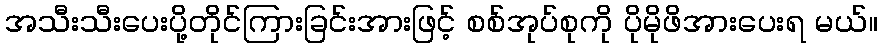
အသီးသီးပေးပို့တိုင်ကြားခြင်းအားဖြင့် စစ်အုပ်စုကို ပိုမိုဖိအားပေးရ မယ်။